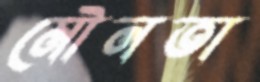
মৌনতা